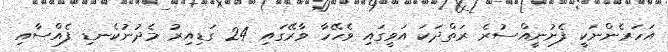
އަހަރެންނަކީ ފެށުނީއްސުރެ ރަތްދަކަ އަވީގައި ވެހޭހާ ވާރޭގައި 24 ގަޑިއިރު މެދުނުކެނޑި ފެއްސާއި